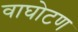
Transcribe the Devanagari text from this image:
वाघोटण